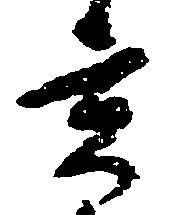
貢